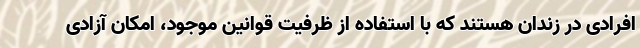
افرادی در زندان هستند که با استفاده از ظرفیت قوانین موجود، امکان آزادی